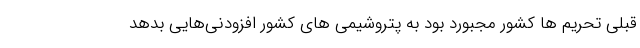
قبلی تحریم ها کشور مجبورد بود به پتروشیمی های کشور افزودنی‌هایی بدهد